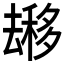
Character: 𱑬